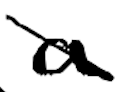
Text: a
Cross-out: diagonal
Writing tool: digital_black